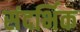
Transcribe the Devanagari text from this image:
संदर्भिक